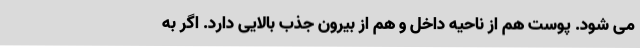
می شود. پوست هم از ناحیه داخل و هم از بیرون جذب بالایی دارد. اگر به